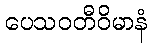
ပေသဝတီဝိမာနံ